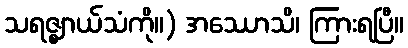
သရဇ္ဈာယ်သံကို။) အဿောသိ၊ ကြားရပြီ။